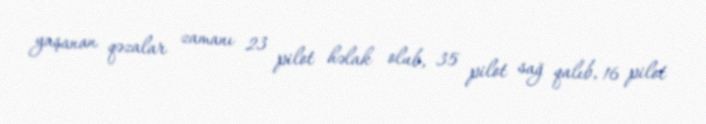
yaşanan qəzalar zamanı 23 pilot həlak olub, 35 pilot sağ qalıb, 16 pilot